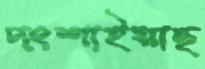
দংশাইয়াছ